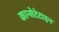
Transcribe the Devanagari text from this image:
कान्सेटेटाइन